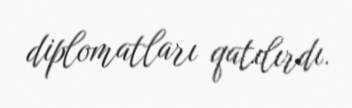
diplomatları qatılırdı.